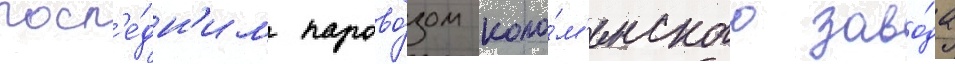
посл'е́дн'им парово́зом коло́м'енского заво́да